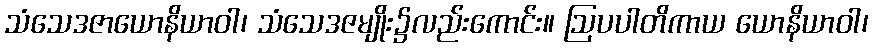
သံသေဒဇာယောနိယာဝါ၊ သံသေဒဇမျိုး၌လည်းကောင်း။ ဩပပါတိကာယ ယောနိယာဝါ၊